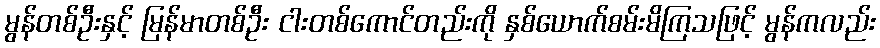
မွန်တစ်ဦးနှင့် မြန်မာတစ်ဦး ငါးတစ်ကောင်တည်းကို နှစ်ယောက်စမ်းမိကြသဖြင့် မွန်ကလည်း